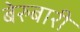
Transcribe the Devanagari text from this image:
बेरुबारी